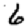
Digit: 6